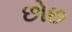
છોછ